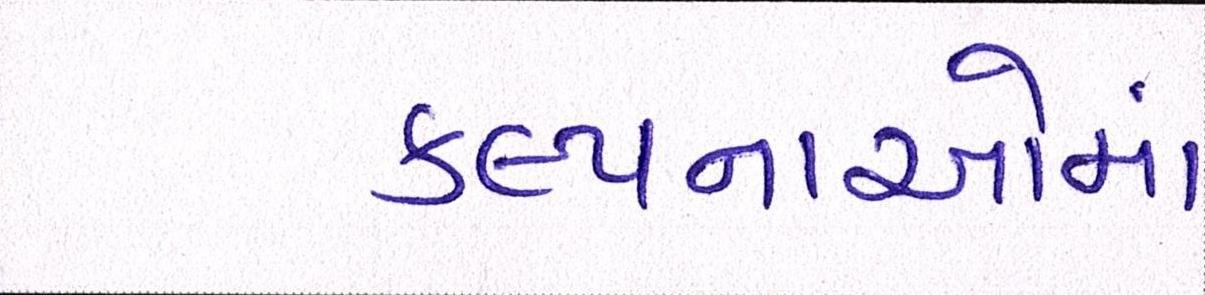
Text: કલ્પનાઓમાં